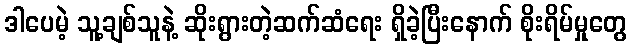
ဒါပေမဲ့ သူ့ချစ်သူနဲ့ ဆိုးရွားတဲ့ဆက်ဆံရေး ရှိခဲ့ပြီးနောက် စိုးရိမ်မှုတွေ